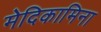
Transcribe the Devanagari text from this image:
मेदिकामिना